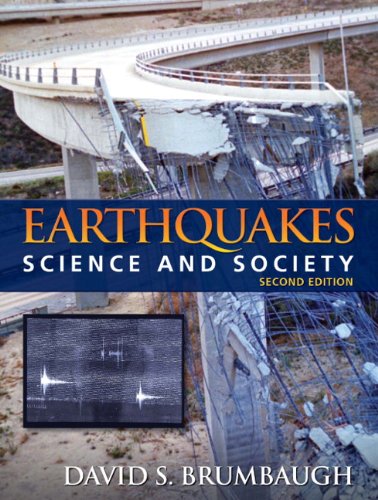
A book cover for Earthquakes: Science & Society (2nd Edition); David S. Brumbaugh; Science & Math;